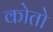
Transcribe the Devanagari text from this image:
कोतो